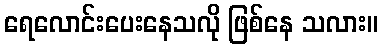
ရေလောင်းပေးနေသလို ဖြစ်နေ သလား။